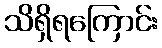
သိရှိရကြောင်း